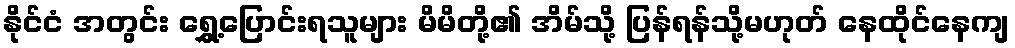
နိုင်ငံ အတွင်း ရွှေ့ပြောင်းရသူများ မိမိတို့၏ အိမ်သို့ ပြန်ရန်သို့မဟုတ် နေထိုင်နေကျ